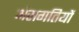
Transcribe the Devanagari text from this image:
अंसगतियों